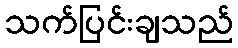
သက်ပြင်းချသည်